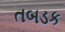
તબડક